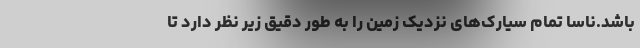
باشد.ناسا تمام سیارک‌های نزدیک زمین را به طور دقیق زیر نظر دارد تا